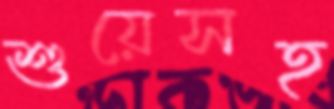
শুয়েসহ